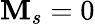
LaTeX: \textbf{M}_{s}=0